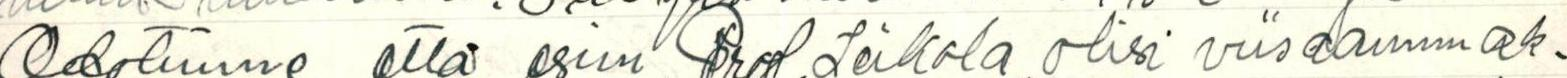
Odotamme että esim. Prof.Leikola olisi viisaammak-